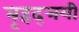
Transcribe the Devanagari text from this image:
बृहद्त्रयी